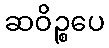
ဆဝိဉ္စပေ